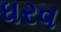
ધરવ